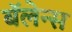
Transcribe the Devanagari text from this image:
बॅलेन्स